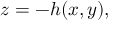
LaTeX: z = - h ( x , y ) ,